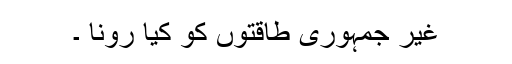
غیر جمہوری طاقتوں کو کیا رونا ۔